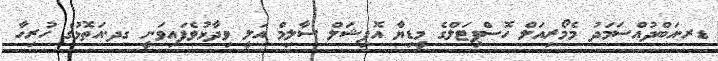
ޑރ.އަބްދުއްސަމަދު މެމޯރިއަލް ހޮސްޕިޓަލްގެ މީޑިޔާ އޮފިޝަލް ސާލިމް އަލީ ވިދާޅުވެފައިވަނީ ގދ.އަތޮޅުގެ ހުރިހާ